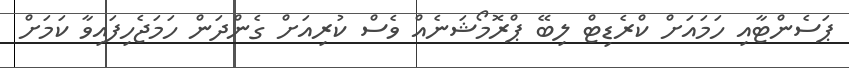
ޕަސެންޓާއި ހަމައަށް ކްރެޑިޓް ލިބޭ ޕްރޮމޯޝަނެއް ވެސް ކުރިއަށް ގެންދަން ހަމަޖެހިފައިވާ ކަމަށް